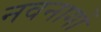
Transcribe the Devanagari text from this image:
नवनागों